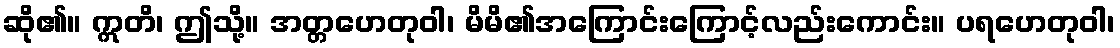
ဆို၏။ ဣတိ၊ ဤသို့။ အတ္တဟေတုဝါ၊ မိမိ၏အကြောင်းကြောင့်လည်းကောင်း။ ပရဟေတုဝါ၊